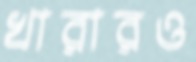
খারারও